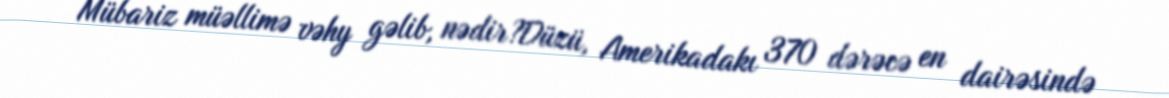
Mübariz müəllimə vəhy gəlib, nədir?Düzü, Amerikadakı 370 dərəcə en dairəsində